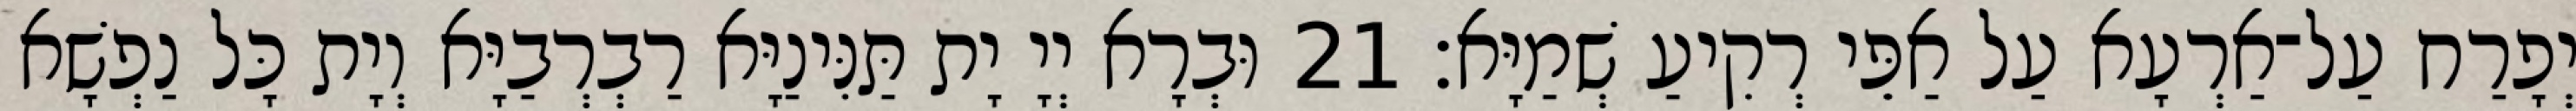
יְפָרַח עַל־אַרְעָא עַל אַפֵּי רְקִיעַ שְׁמַיָּא׃ 21 וּבְרָא יְיָ יָת תַּנִּינַיָּא רַבְרְבַיָּא וְיָת כָּל נַפְשָׁא